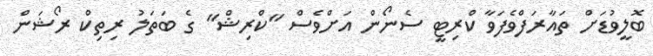
ބޮލީވުޑަށް ތައާރަފްވެފަވާ ކްރިޓީ ސެނޯން އަށްވެސް "ކްރިޝް" ގެ ބަތަލު ރިތިކް ރޯޝަން